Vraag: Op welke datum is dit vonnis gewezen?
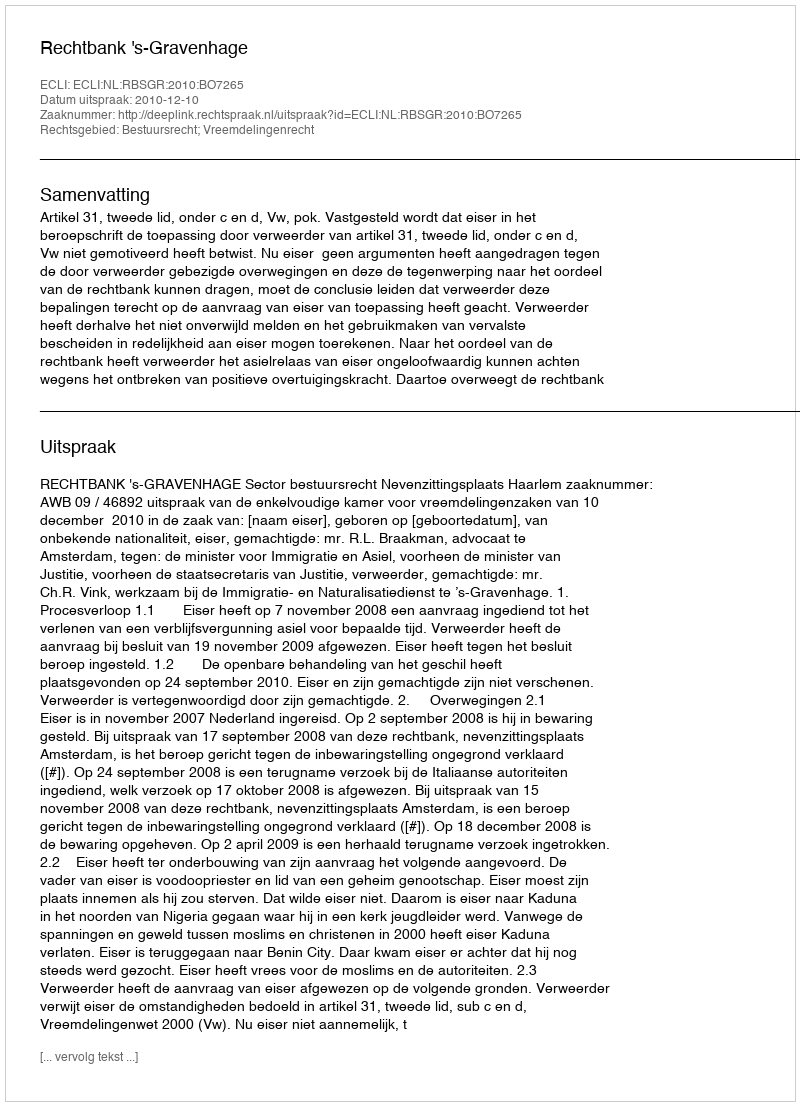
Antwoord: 2010-12-10